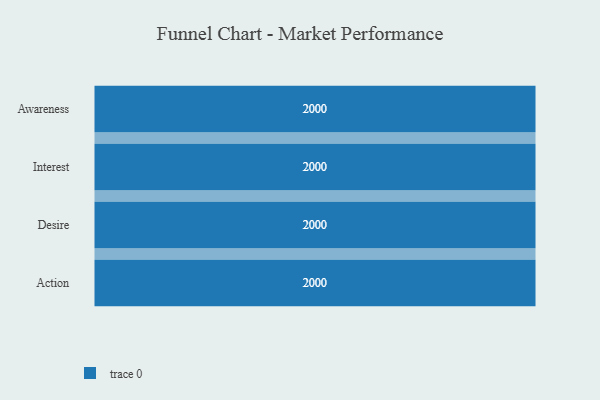
{"axis": {"x": "Stage", "y": "Value"}, "legend": [""], "data": [{"x": "Awareness", "y": 2000, "type": ""}, {"x": "Interest", "y": 2000, "type": ""}, {"x": "Desire", "y": 2000, "type": ""}, {"x": "Action", "y": 2000, "type": ""}]}